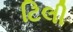
ટિલી